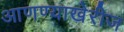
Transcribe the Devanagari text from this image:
आणण्याखेरीज